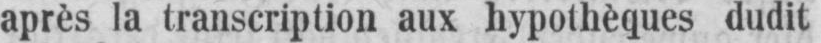
après la transcription aux hypothèques dudit